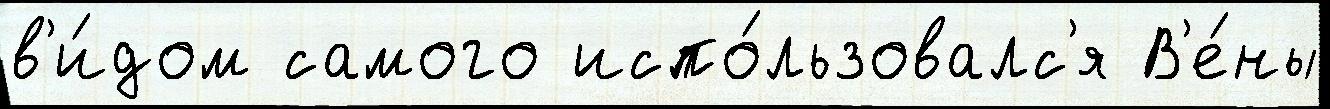
в'и́дом самого испо́льзовалс'я В'е́ны